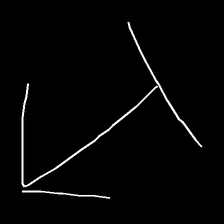
Glyph: levitation